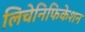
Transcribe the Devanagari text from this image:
लिचेनिफिकेशन